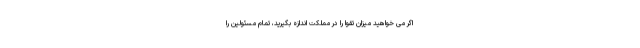
اگر می خواهید میزان تقوا را در مملکت اندازه بگیرید، تمام مسئولین را